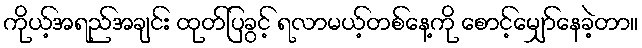
ကိုယ့်အရည်အချင်း ထုတ်ပြခွင့် ရလာမယ့်တစ်နေ့ကို စောင့်မျှော်နေခဲ့တာ။